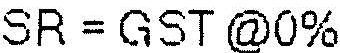
SR = GST @0%